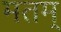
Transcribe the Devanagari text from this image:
मतम्